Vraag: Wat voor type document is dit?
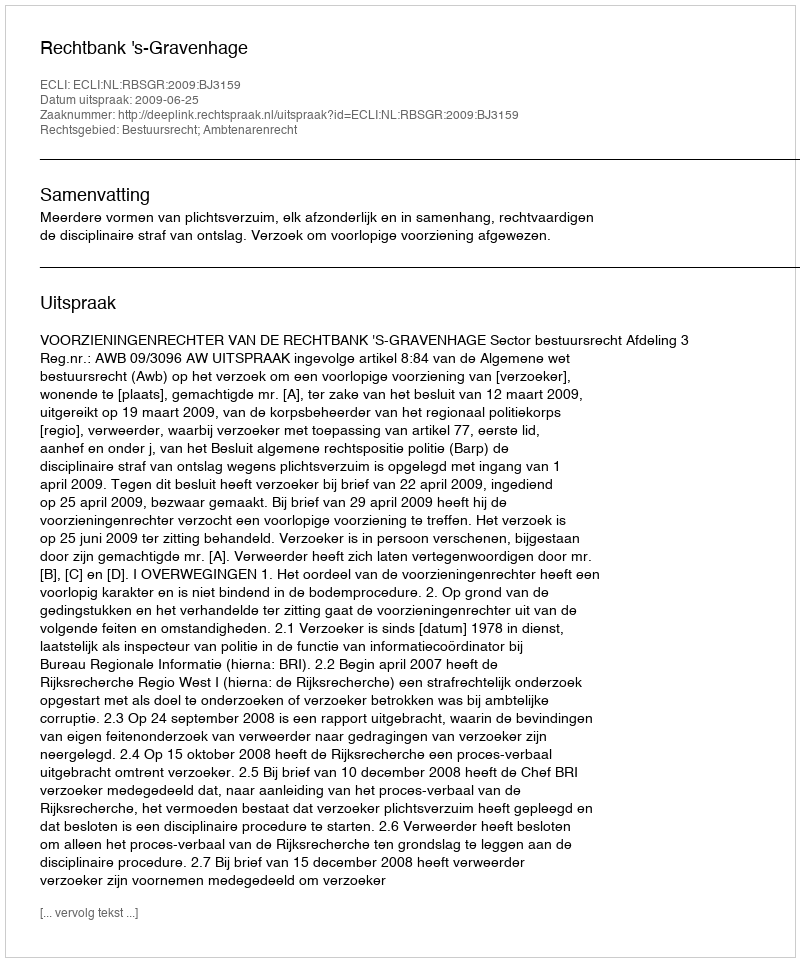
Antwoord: Uitspraak